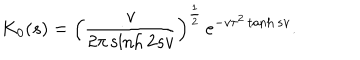
K _ { 0 } ( s ) = \left( \frac { v } { 2 \pi \sinh 2 s v } \right) ^ { \frac 1 2 } \, e ^ { - v \tau ^ { 2 } \tanh s v } .